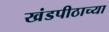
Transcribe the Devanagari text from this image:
खंडपीठाच्या